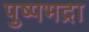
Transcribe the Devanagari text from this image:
पुष्पभद्रा